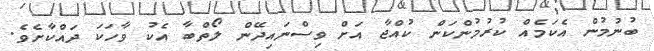
ބުނުމުން އެކަމެއް ކުރުމުންކަން ކުއްޖާ އަށް ވިސްނައިދޭން ލޯތްބާ އެކު ވާހަކަ ދައްކާށެވެ.